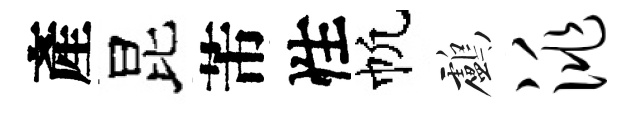
產昆芾性帆鸕洮